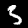
Digit: 3